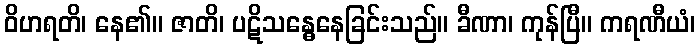
ဝိဟရတိ၊ နေ၏။ ဇာတိ၊ ပဋိသန္ဓေနေခြင်းသည်။ ခီဏာ၊ ကုန်ပြီ။ ကရဏီယံ၊